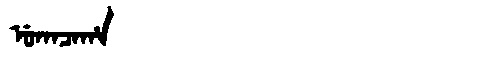
Manchu: ᡠᡴᠠᠴᠠᡥᠠ
Romanization: UKACAHA